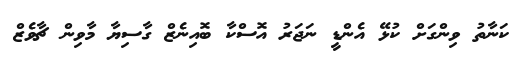
ކަނާތު ވިންގަށް ކުޅޭ އެންޑީ ނަޖަރު އޮސްކާ ބޮއިނެޒް ގާސިޔާ މާވިން ޗާވެޒް